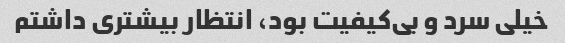
خیلی سرد و بی‌کیفیت بود، انتظار بیشتری داشتم